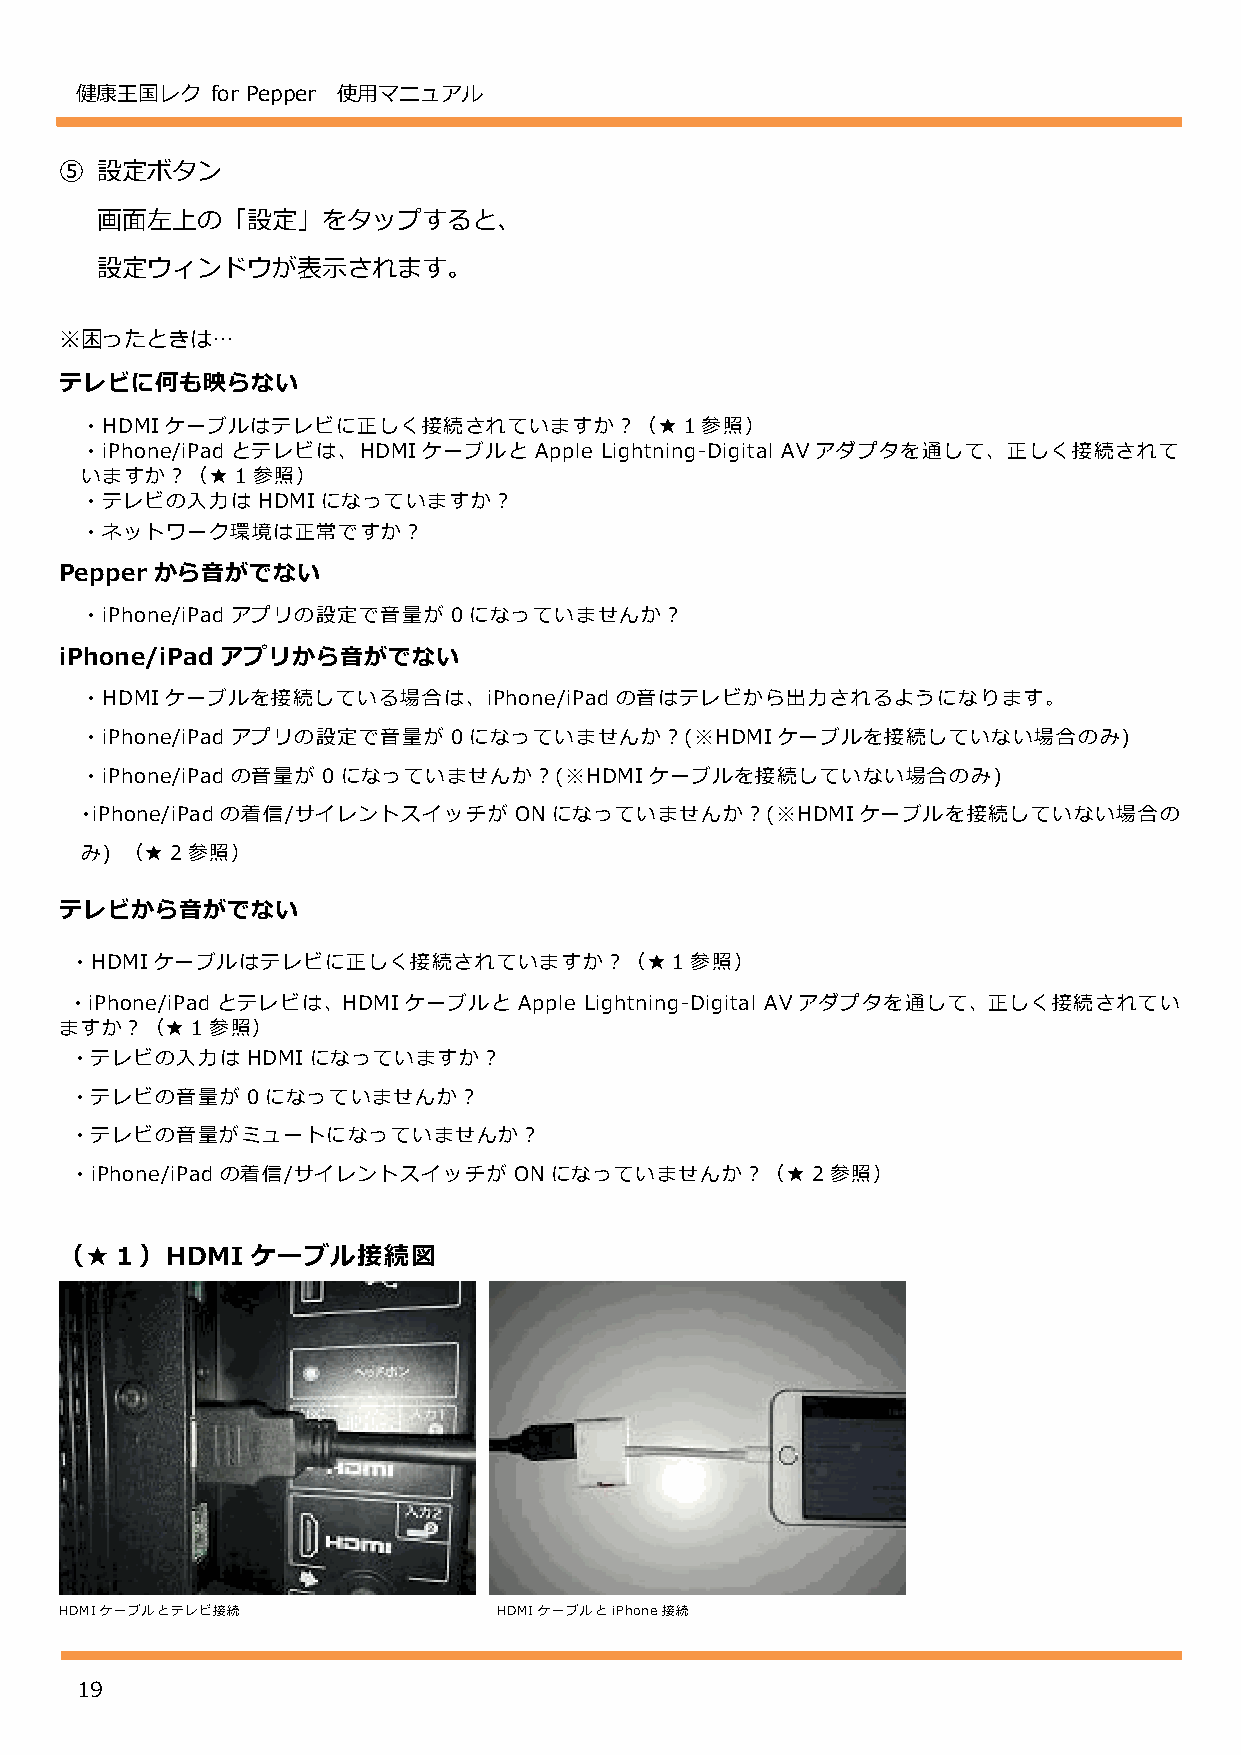
健康王国レク   for Pepper 使用マニュアル
 ⑤ 設定ボタン
 画面左上の「設定」をタップすると、
 設定ウィンドウが表示されます。
 ※困ったときは…
 テレビに何も映らない
 ・HDMI ケーブルはテレビに正しく接続されていますか？（★１参照）
 ・iPhone/iPad とテレビは、HDMI ケーブルと Apple Lightning-Digital AV アダプタを通して、正しく接続されて
 いますか？（★１参照）
 ・テレビの入力は    HDMI になっていますか？
 ・ネットワーク環境は正常ですか？
 Pepper から音がでない
 ・iPhone/iPad アプリの設定で音量が  0になっていませんか？
 iPhone/iPad アプリから音がでない
 ・HDMI ケーブルを接続している場合は、iPhone/iPad    の音はテレビから出力されるようになります。
 ・iPhone/iPad アプリの設定で音量が  0になっていませんか？(※HDMIケーブルを接続していない場合のみ)
 ・iPhone/iPad の音量が 0になっていませんか？(※HDMI   ケーブルを接続していない場合のみ)
 ・iPhone/iPad の着信/サイレントスイッチが  ON になっていませんか？(※HDMIケーブルを接続していない場合の
 み) （★２参照）
 テレビから音がでない
 ・HDMI ケーブルはテレビに正しく接続されていますか？（★１参照）
 ・iPhone/iPad とテレビは、HDMIケーブルと Apple Lightning-Digital AVアダプタを通して、正しく接続されてい
 ますか？（★１参照）
 ・テレビの入力は   HDMI になっていますか？
 ・テレビの音量が   0になっていませんか？
 ・テレビの音量がミュートになっていませんか？
 ・iPhone/iPad の着信/サイレントスイッチが  ON になっていませんか？（★２参照）
 （★１）HDMI     ケーブル接続図
 HDMIケーブルとテレビ接続               HDMIケーブルとiPhone接続
 19